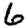
Digit: 6